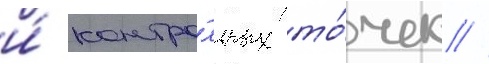
и́ контро́льных то́чек //